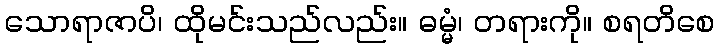
သောရာဇာပိ၊ ထိုမင်းသည်လည်း။ ဓမ္မံ၊ တရားကို။ စရတိစေ